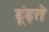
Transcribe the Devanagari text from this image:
ढ़ूंढ़ते